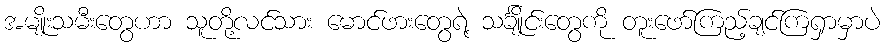
အမျိုးသမီးတွေဟာ သူတို့လင်သား မောင်ဖားတွေရဲ့ သင်္ချိုင်းတွေကို တူးဖော်ကြည့်ချင်ကြရှာမှာပဲ